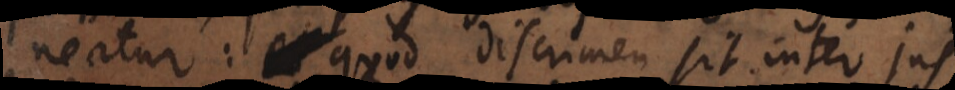
neatur: quod discrimen sit inter jus